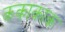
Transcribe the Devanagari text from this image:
ककाकाक